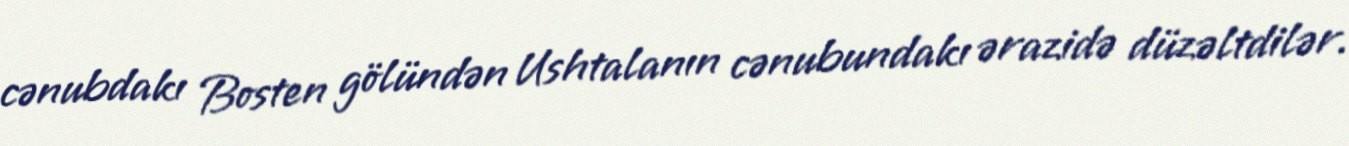
cənubdakı Bosten gölündən Ushtalanın cənubundakı ərazidə düzəltdilər.